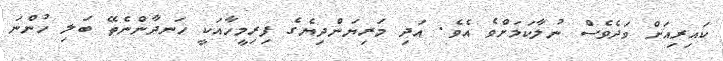
ކައިރިއަށް ވަދެވެސް ނުލާކަމަށްވެ އެވެ. އަދި މަރިޔަންދިޔެގެ ފިރިމީހާއަކީ ހަނދާންނެތޭ ބަލި ހުންނަ